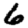
Digit: 6